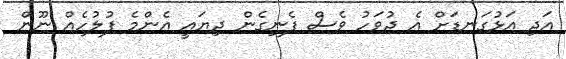
އަދި އަޅުގަނޑަށް އެ ދުވަހު ވެސް ފެނިގެން ދިޔައީ އެންމެ ފުލުހެއް ނޫން